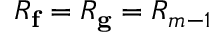
R _ { \mathbf { f } } = R _ { \mathbf { g } } = R _ { m - 1 }